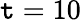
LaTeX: \mathtt{t}=10